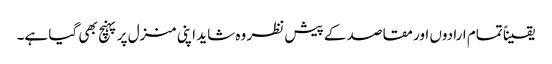
یقیناً تمام ارادوں اور مقاصد کے پیش نظر وہ شاید اپنی منزل پر پہنچ بھی گیا ہے۔